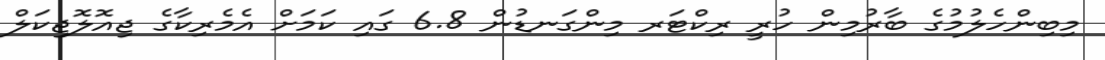
މިބިންހެލުމުގެ ބާރުމިން ހުރީ ރިކްޓަރ މިންގަނޑުން 6.8 ގައި ކަމަށް އެމެރިކާގެ ޖިއޮލޮޖިކަލް